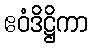
ဧဝံဒိဋ္ဌိကာ